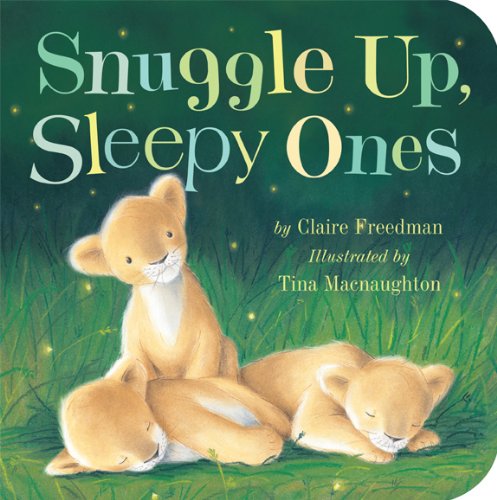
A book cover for Snuggle Up, Sleepy Ones; Claire Freedman; Children's Books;